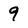
Character: 9